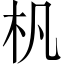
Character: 㭄